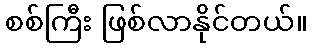
စစ်ကြီး ဖြစ်လာနိုင်တယ်။